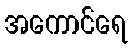
အကောင်ရေ